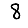
Digit: 8